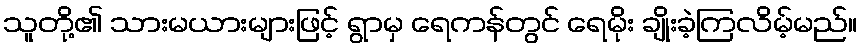
သူတို့၏ သားမယားများဖြင့် ရွာမှ ရေကန်တွင် ရေမိုး ချိုးခဲ့ကြလိမ့်မည်။